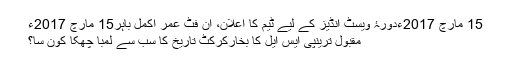
15 مارچ 2017ءدورۂ ویسٹ انڈیز کے لیے ٹیم کا اعلان، ان فٹ عمر اکمل باہر15 مارچ 2017ء
مقبول ترینپی ایس ایل کا بخارکرکٹ تاریخ کا سب سے لمبا چھکا کون سا؟